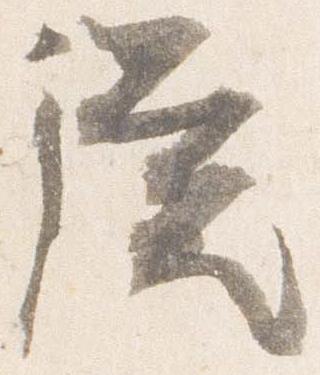
従